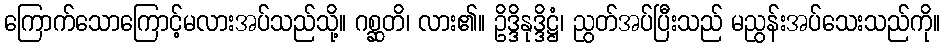
ကြောက်သောကြောင့်မလားအပ်သည်သို့။ ဂစ္ဆတိ၊ လား၏။ ဥိဒ္ဒိနုဒ္ဒိဋ္ဌံ၊ ညွတ်အပ်ပြီးသည် မညွန်းအပ်သေးသည်ကို။